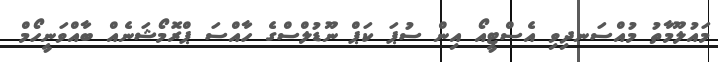
މައުލޫމާތު މުއްސަނދިވި އެސްޓީއޯ އިން ސުޕަ ކަޕް ނޫޑުލްސްގެ ހާއްސަ ޕްރޮމޯޝަނެއް ބާއްވަނީހޯމް